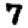
Digit: 7